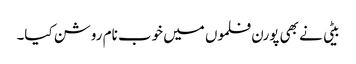
بیٹی نے بھی پورن فلموں میں خوب نام روشن کیا۔